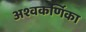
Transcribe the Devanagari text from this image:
अश्वकर्णिका